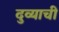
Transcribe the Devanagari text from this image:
दुव्याची